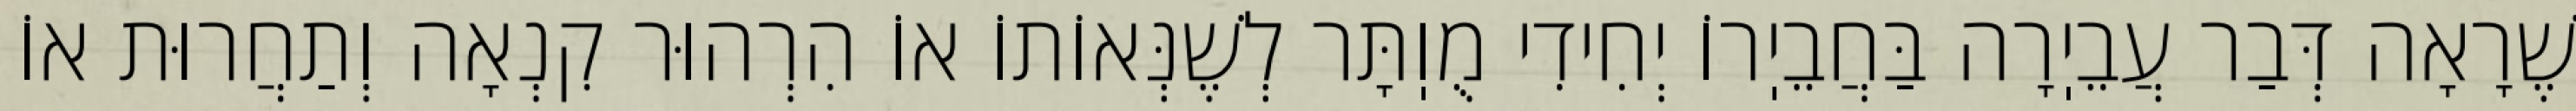
שֶׁרָאָה דְּבַר עֲבֵיֽרָה בַּחֲבֵיֽרוֹ יְחִידִי מֻוֽתָּר לְשֶׁנְּאוֹתוֹ אוֹ הִרְהוּר קִנְאָה וְתַחֲרוּת אוֹ